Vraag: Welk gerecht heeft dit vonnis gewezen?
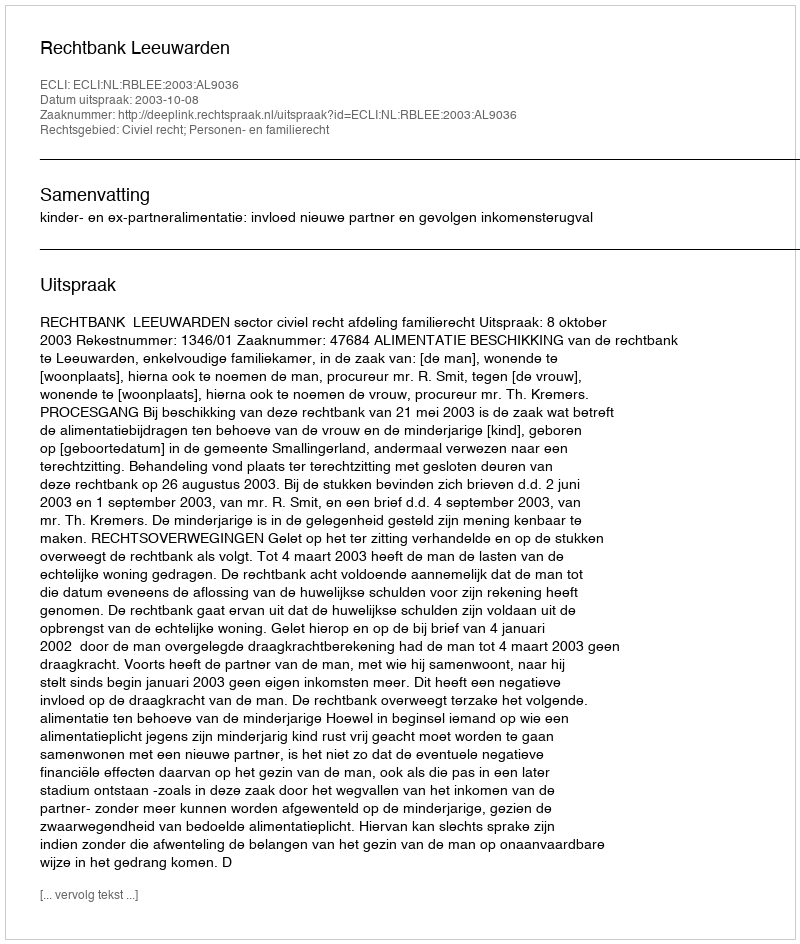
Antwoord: Rechtbank Leeuwarden